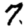
Digit: 7